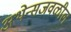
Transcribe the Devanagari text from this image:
अथेन्सजवळील